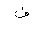
Letter: _fa